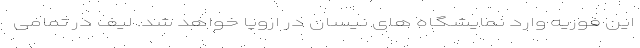
این فوریه وارد نمایشگاه های نیسان در اروپا خواهد شد. لیف در تمامی